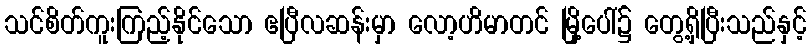
သင်စိတ်ကူးကြည့်နိုင်သော ဧပြီလဆန်းမှာ လော့ဟိမာတင် မြို့ပေါ်၌ တွေ့ရှိပြီးသည်နှင့်